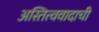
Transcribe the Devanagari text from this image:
अस्तित्ववादाची